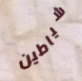
شياطين